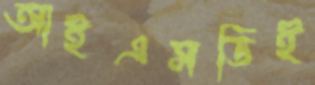
আইএসডিই